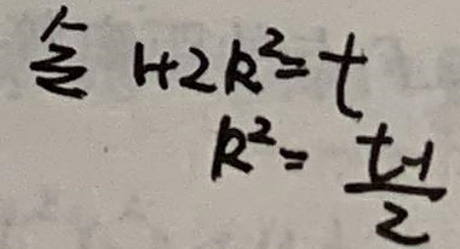
令 $1 + 2k^{2}=t$，$k^{2}=\frac{t - 1}{2}$